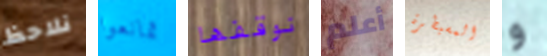
نلاحظ تمانعوا نوقفها أعلم المسيطرة و